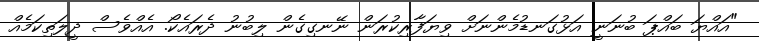
"އައްޔަ ބައްޕަ ބުނަނީ އަޅުގަނޑުމެންނަށް ވިޔަފާރިކުރަން ނޭނގިގެން ލިބުނު ދެރައެކޯ. އެއްވެސް ދީލަތިކަމެއް